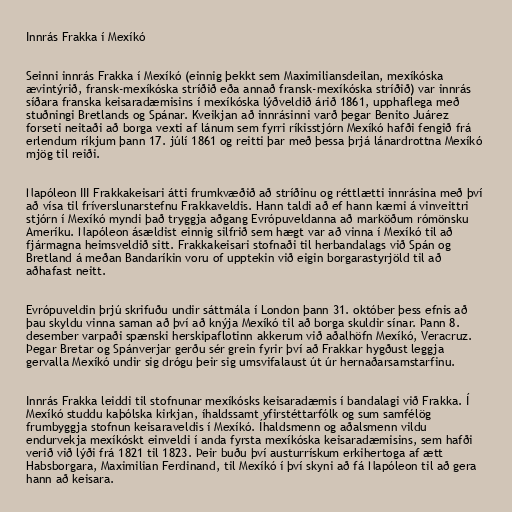
Innrás Frakka í Mexíkó

Seinni innrás Frakka í Mexíkó (einnig þekkt sem Maximiliansdeilan, mexíkóska
ævintýrið, fransk-mexíkóska stríðið eða annað fransk-mexíkóska stríðið) var innrás
síðara franska keisaradæmisins í mexíkóska lýðveldið árið 1861, upphaflega með
stuðningi Bretlands og Spánar. Kveikjan að innrásinni varð þegar Benito Juárez
forseti neitaði að borga vexti af lánum sem fyrri ríkisstjórn Mexíkó hafði fengið frá
erlendum ríkjum þann 17. júlí 1861 og reitti þar með þessa þrjá lánardrottna Mexíkó
mjög til reiði.

Napóleon III Frakkakeisari átti frumkvæðið að stríðinu og réttlætti innrásina með því
að vísa til fríverslunarstefnu Frakkaveldis. Hann taldi að ef hann kæmi á vinveittri
stjórn í Mexíkó myndi það tryggja aðgang Evrópuveldanna að marköðum rómönsku
Ameríku. Napóleon ásældist einnig silfrið sem hægt var að vinna í Mexíkó til að
fjármagna heimsveldið sitt. Frakkakeisari stofnaði til herbandalags við Spán og
Bretland á meðan Bandaríkin voru of upptekin við eigin borgarastyrjöld til að
aðhafast neitt.

Evrópuveldin þrjú skrifuðu undir sáttmála í London þann 31. október þess efnis að
þau skyldu vinna saman að því að knýja Mexíkó til að borga skuldir sínar. Þann 8.
desember varpaði spænski herskipaflotinn akkerum við aðalhöfn Mexíkó, Veracruz.
Þegar Bretar og Spánverjar gerðu sér grein fyrir því að Frakkar hygðust leggja
gervalla Mexíkó undir sig drógu þeir sig umsvifalaust út úr hernaðarsamstarfinu.

Innrás Frakka leiddi til stofnunar mexíkósks keisaradæmis í bandalagi við Frakka. Í
Mexíkó studdu kaþólska kirkjan, íhaldssamt yfirstéttarfólk og sum samfélög
frumbyggja stofnun keisaraveldis í Mexíkó. Íhaldsmenn og aðalsmenn vildu
endurvekja mexíkóskt einveldi í anda fyrsta mexíkóska keisaradæmisins, sem hafði
verið við lýði frá 1821 til 1823. Þeir buðu því austurrískum erkihertoga af ætt
Habsborgara, Maximilian Ferdinand, til Mexíkó í því skyni að fá Napóleon til að gera
hann að keisara.